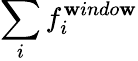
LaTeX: \sum_{i}{f_{i}^{\mathbf{w}indo\mathbf{w}}}